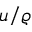
u / \varrho